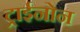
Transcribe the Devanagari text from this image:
ट्राईनोन